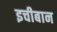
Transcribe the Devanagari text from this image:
इचीबान